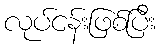
လုပ်ငန်းဖြစ်ပြီး